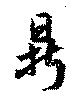
鼎